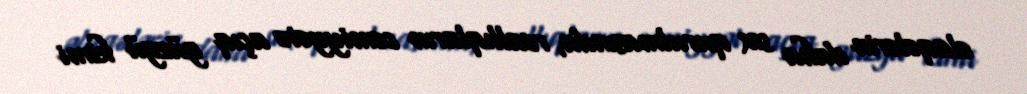
əlaqələrin daha sıx qurulmasında, reallıqların cəmiyyətə açıq güzgü kimi